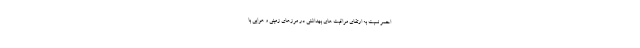
احمر نسبت به ارتقای مراقبت های بهداشتی در مرزهای زمینی و هوایی با